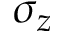
\sigma _ { z }